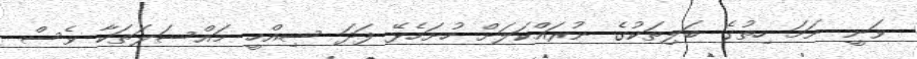
ވަނީ ނަމަ ހިތުގެ ބަލިތަކުގެ ނުރައްކަލަށް ހުށަހެޅޭ ފަދަ ސިއްހީ މައްސަލަތަކާ ވެސް